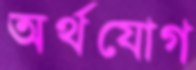
অর্থযোগ